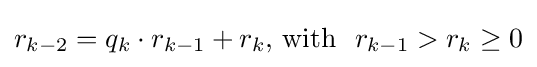
r_{k-2}=q_{k}\cdot r_{k-1}+r_{k}{\text{, with }}\ r_{k-1}>r_{k}\geq 0